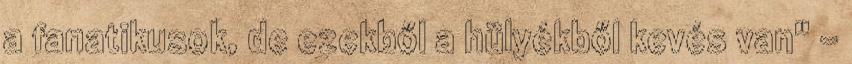
a fanatikusok, de ezekből a hülyékből kevés van" -